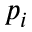
p _ { i }